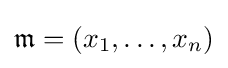
{\mathfrak {m}}=(x_{1},\ldots ,x_{n})